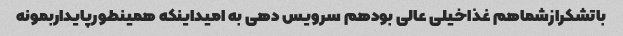
باتشکرازشماهم غذاخیلی عالی بودهم سرویس دهی به امیداینکه همینطورپایداربمونه